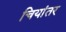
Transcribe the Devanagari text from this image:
चियांतर